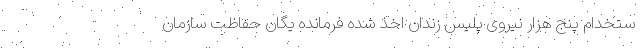
ستخدام پنج هزار نیروی پلیس زندان اخذ شده فرمانده یگان حفاظت سازمان